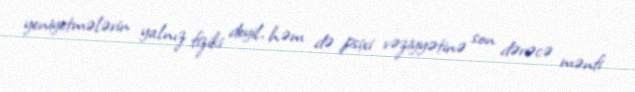
yeniyetmələrin yalnız fiziki deyil, həm də psixi vəziyyətinə son dərəcə mənfi